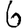
Digit: 6